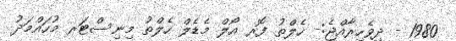
1980 - ދިވެހިރާއްޖެ:- ހެލްތު ފޮރ އޯލް މެޑެލް ހެލްތު މިނިސްޓަރ މުހައްމަދު